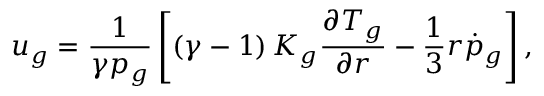
u _ { g } = \frac { 1 } { \gamma p _ { g } } \left[ \left( \gamma - 1 \right) K _ { g } \frac { \partial T _ { g } } { \partial r } - \frac { 1 } { 3 } r \dot { p } _ { g } \right] ,